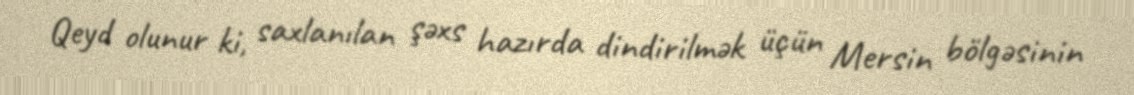
Qeyd olunur ki, saxlanılan şəxs hazırda dindirilmək üçün Mersin bölgəsinin